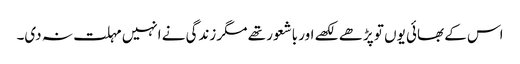
اس کے بھائی یوں تو پڑھے لکھے اور باشعور تھے مگر زندگی نے انہیں مہلت نہ دی۔